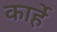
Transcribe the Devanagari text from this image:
कार्हे